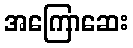
အကြောဆေး